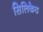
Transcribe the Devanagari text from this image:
सिलिकेठ